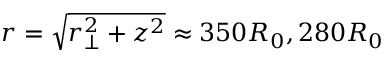
r = \sqrt { r _ { \perp } ^ { 2 } + z ^ { 2 } } \approx 3 5 0 R _ { 0 } , 2 8 0 R _ { 0 }